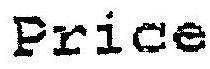
PRICE